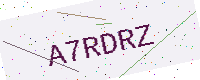
Text: A7RDRZ